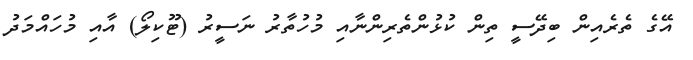
އޭގެ ތެރެއިން ބިދޭސީ ތިން ކުޅުންތެރިންނާއި މުހުތާރު ނަސީރު (ޓޫކިލޯ) އާއި މުހައްމަދު